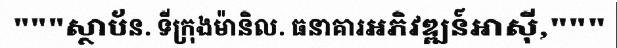
"""ស្ថាប័ន. ទីក្រុងម៉ានិល. ធនាគារអភិវឌ្ឍន៍អាស៊ី,"""